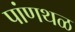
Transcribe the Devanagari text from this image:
पांणथळ